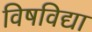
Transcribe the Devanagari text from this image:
विषविद्या